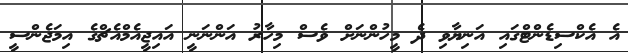
އެ އެކްސިޑެންޓްގައި އަނިޔާވި ދެ މީހުންނަށް ވެސް މިހާރު އަންނަނީ އައިޖީއެމްއެޗްގެ އިމަޖެންސީ